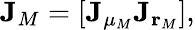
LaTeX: \mathbf{J}_{M}=[\mathbf{J}_{\mu_{M}}\mathbf{J}_{\mathbf{r}_{M}}],